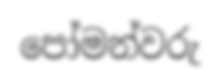
පෝමන්වරු